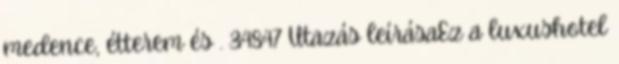
medence, étterem és . 34847 Utazás leírásaEz a luxushotel